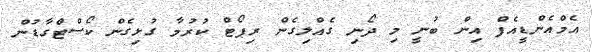
އެމްއެންޑީއެފް އިން ބުނީ މި ދޯނި ގެއްލިގެން ރިޕޯޓް ކުރުމާ ގުޅިގެން ކޯސްޓްގާޑުން